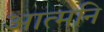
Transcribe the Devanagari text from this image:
आत्मनि